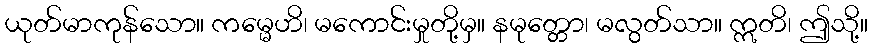
ယုတ်မာကုန်သော။ ကမ္မေဟိ၊ မကောင်းမှုတို့မှ။ နမုတ္တော၊ မလွတ်သာ။ ဣတိ၊ ဤသို့။